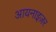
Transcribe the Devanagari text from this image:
आयनाइज़र